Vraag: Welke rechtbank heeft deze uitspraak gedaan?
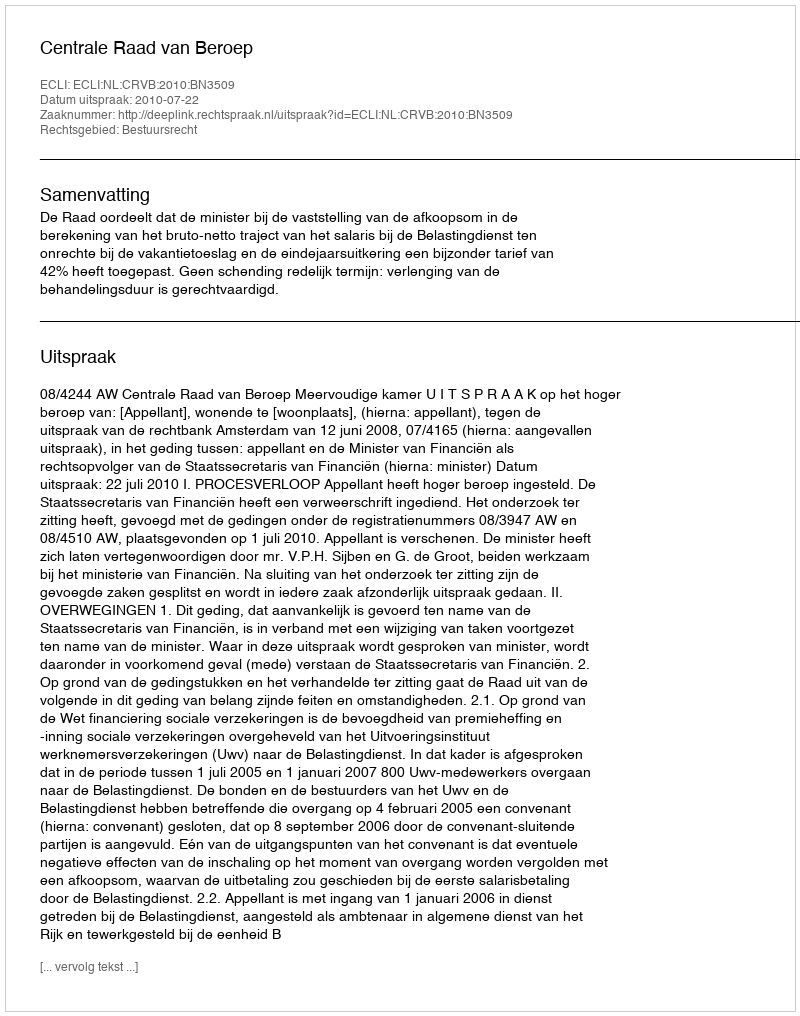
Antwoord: Centrale Raad van Beroep